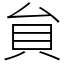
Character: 貟